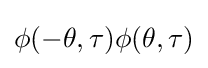
\phi (-\theta ,\tau )\phi (\theta ,\tau )